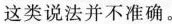
这类说法并不准确。